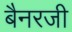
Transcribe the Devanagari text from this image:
बैनरजी